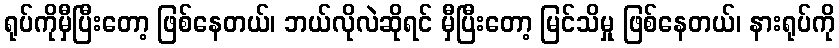
ရုပ်ကိုမှီပြီးတော့ ဖြစ်နေတယ်၊ ဘယ်လိုလဲဆိုရင် မှီပြီးတော့ မြင်သိမှု ဖြစ်နေတယ်၊ နားရုပ်ကို